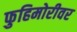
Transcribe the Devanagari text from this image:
फुहिमोरीवर